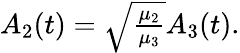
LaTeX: \begin{array}{r}{A_{2}(t)=\sqrt{\frac{\mu_{2}}{\mu_{3}}}A_{3}(t).}\end{array}